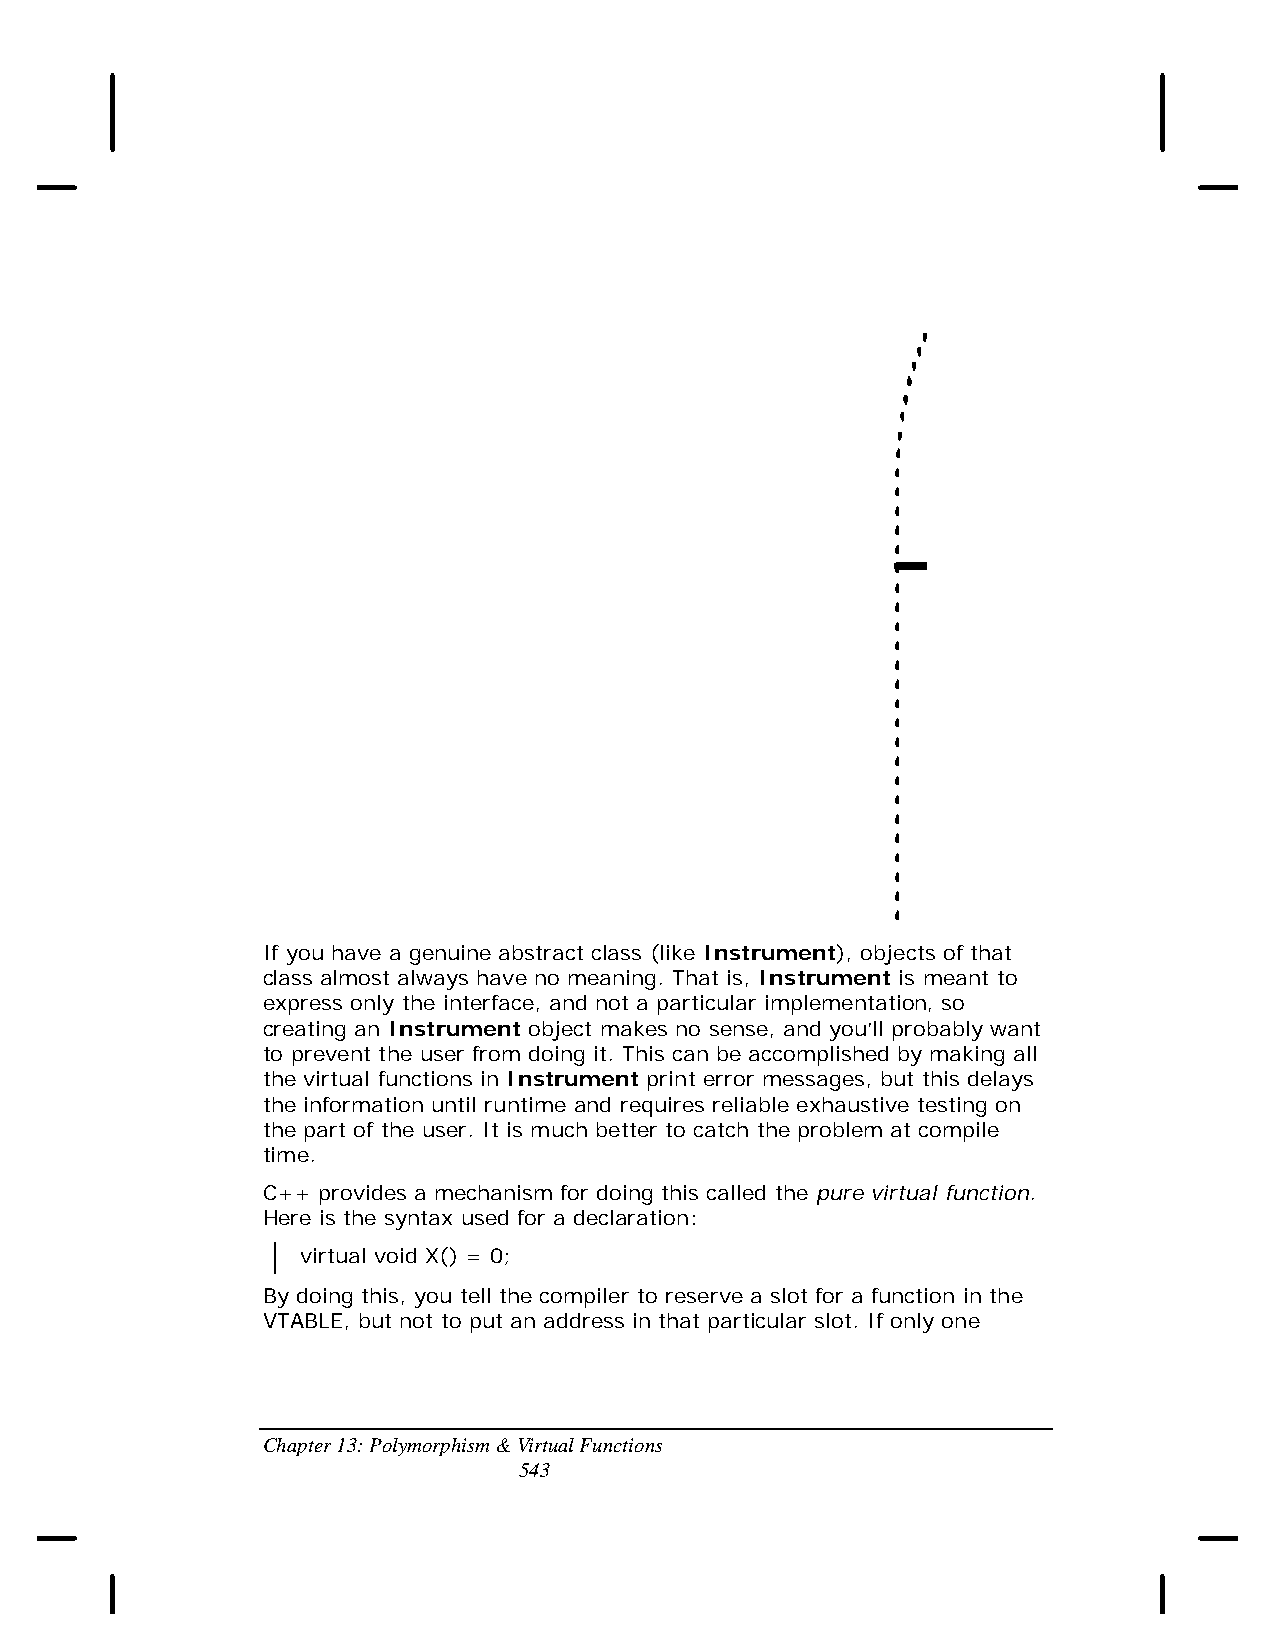
If you have a genuine abstract class (like Instrument), objects of that
 class almost always have no meaning. That is, Instrument is meant to
 express only the interface, and not a particular implementation, so
 creating an Instrument object makes no sense, and you’ll probably want
 to prevent the user from doing it. This can be accomplished by making all
 the virtual functions in Instrument print error messages, but this delays
 the information until runtime and requires reliable exhaustive testing on
 the part of the user. It is much better to catch the problem at compile
 time.
 C++ provides a mechanism for doing this called the pure virtual function.
 Here is the syntax used for a declaration:
 virtual void X() = 0;
 By doing this, you tell the compiler to reserve a slot for a function in the
 VTABLE, but not to put an address in that particular slot. If only one
 Chapter 13: Polymorphism & Virtual Functions
 543